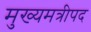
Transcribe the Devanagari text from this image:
मुख्यमत्रीपद